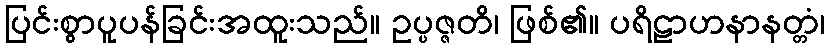
ပြင်းစွာပူပန်ခြင်းအထူးသည်။ ဥပ္ပဇ္ဇတိ၊ ဖြစ်၏။ ပရိဠာဟနာနတ္တံ၊